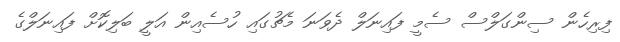
ފިރިހެން ސިންގަލްސް ސެމީ ފައިނަލް ދެވަނަ މެޗުގައި ހުސެއިން އަލީ ބަލިކޮށް ފައިނަލްގެ